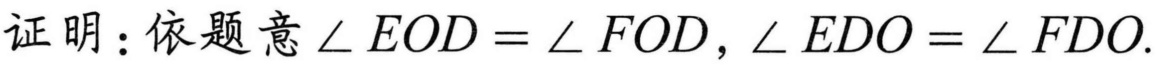
证明：依题意$\angle EOD = \angle FOD,\angle EDO = \angle FDO.$